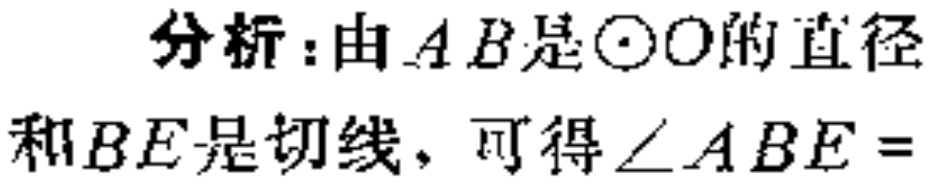
分析：由 \(AB\) 是\(\odot O\)的直径和\(BE\)是切线，可得\(\angle ABE =\)